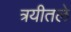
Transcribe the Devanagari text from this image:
त्रयीतले